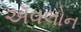
ઍવલોન